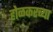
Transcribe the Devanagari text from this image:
होळकरच्या